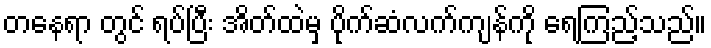
တနေရာ တွင် ရပ်ပြီး အိတ်ထဲမှ ပိုက်ဆံလက်ကျန်ကို ရေကြည့်သည်။